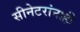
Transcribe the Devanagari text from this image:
सीनेटरांनाही